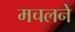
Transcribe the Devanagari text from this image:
मचलने